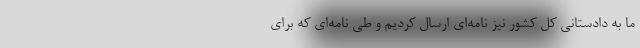
ما به دادستانی کل کشور نیز نامه‌ای ارسال کردیم و طی نامه‌ای که برای